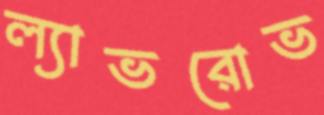
ল্যাভরোভ